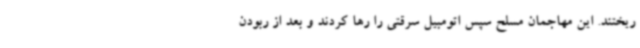
ریختند. این مهاجمان مسلح سپس اتومبیل سرقتی را رها کردند و بعد از ربودن